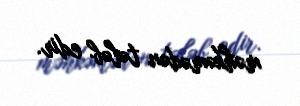
məhkəmədən tələb edir.